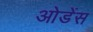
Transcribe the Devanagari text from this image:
ओडेंस